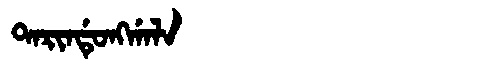
Manchu: ᡨᠠᡵᡳᠨᡩᡠᠩᡤᠠᠯᠠ
Romanization: TARINDUNGGALA